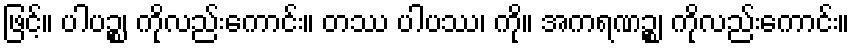
ဖြင့်။ ပါပဉ္စ၊ ကိုလည်းကောင်း။ တဿ ပါပဿ၊ ကို။ အကရဏဉ္စ၊ ကိုလည်းကောင်း။